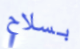
بسلاح